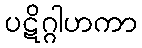
ပဋိဂ္ဂါဟကာ